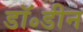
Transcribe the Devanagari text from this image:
डॉ॰डीन